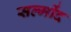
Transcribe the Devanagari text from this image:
सल्मोंद